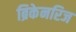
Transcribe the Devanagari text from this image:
ब्रिकेनरिज